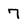
Character: 7